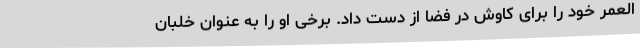
العمر خود را برای کاوش در فضا از دست داد. برخی او را به عنوان خلبان